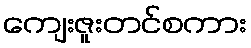
ကျေးဇူးတင်စကား